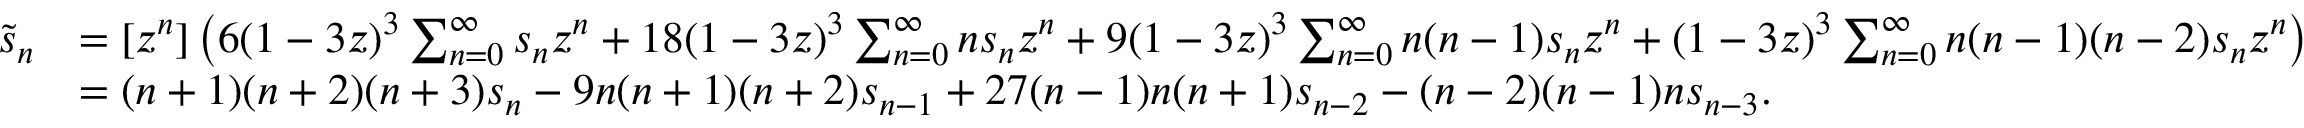
{ \begin{array} { r l } { { \tilde { s } } _ { n } } & { = [ z ^ { n } ] \left( 6 ( 1 - 3 z ) ^ { 3 } \sum _ { n = 0 } ^ { \infty } s _ { n } z ^ { n } + 1 8 ( 1 - 3 z ) ^ { 3 } \sum _ { n = 0 } ^ { \infty } n s _ { n } z ^ { n } + 9 ( 1 - 3 z ) ^ { 3 } \sum _ { n = 0 } ^ { \infty } n ( n - 1 ) s _ { n } z ^ { n } + ( 1 - 3 z ) ^ { 3 } \sum _ { n = 0 } ^ { \infty } n ( n - 1 ) ( n - 2 ) s _ { n } z ^ { n } \right) } \\ & { = ( n + 1 ) ( n + 2 ) ( n + 3 ) s _ { n } - 9 n ( n + 1 ) ( n + 2 ) s _ { n - 1 } + 2 7 ( n - 1 ) n ( n + 1 ) s _ { n - 2 } - ( n - 2 ) ( n - 1 ) n s _ { n - 3 } . } \end{array} }